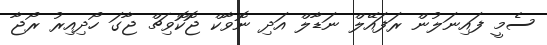
ސެމީ ފައިނަލުން ރަފައޭލް ނަޑާލް އަދި ނޮވާކް ޖޮކޮވިޗް ޖާގަ ހޯދިއިރު ރޯޖާ